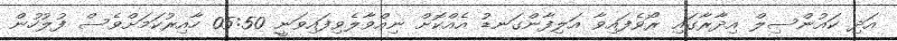
އަދި ކައުންސިލް އިދާރާގައި ރޯވެފައިވާ އަލިފާންގަނޑު އެއްކޮށް ނިއްވާލެވިފައިވަނީ 05:50 ހާއިރުކަމަށްވެސް ފުލުހުން